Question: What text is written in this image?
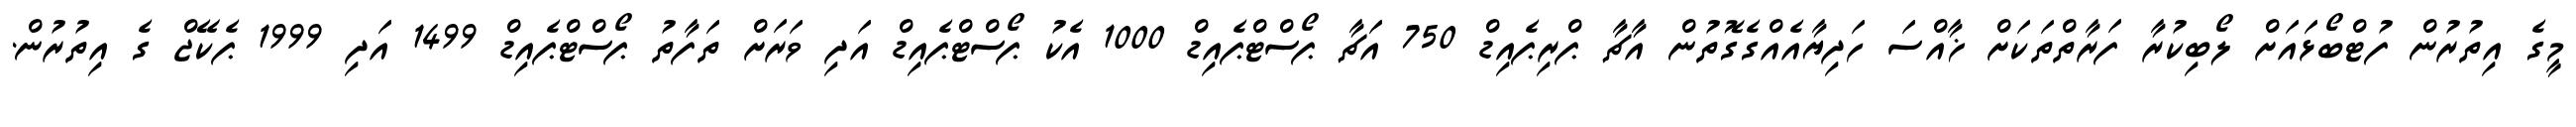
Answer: މީގެ އިތުރުން ފުޓްބޯޅައަށް ލޯބިކުރާ ފަރާތްތަކަށް ޚާއްސަ ހަދިޔާއެއްގެގޮތުން އާޗާ ޕްރިޕެއިޑް 750 އަޗާ ޕޯސްޓްޕެއިޑް 1000 އެކު ޕޯސްޓްޕެއިޑް އަދި ވަރަށް ތަފާތު ޕޯސްޓްޕެއިޑް 1499 އަދި 1999 ޕެކޭޖް ގެ އިތުރުން.